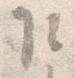
乍